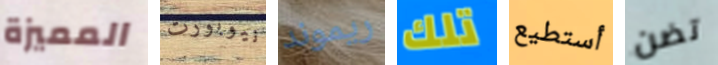
المميزة نيوبورت ريموند تلك أستطيع تضن